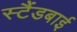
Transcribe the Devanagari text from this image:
स्‍टैंडबाई